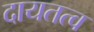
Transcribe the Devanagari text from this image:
दायतत्व